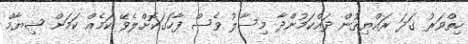
ހިތްވަރު ގަދަ ރައްޔިތުން ދައްކަމުންދާ މިސާލު ވެސް ފާހަގަކޮށްލެވޭ ކަމެއް ކަމަށް ޝިޔާމް